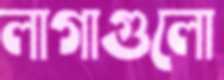
লাগাগুলো